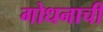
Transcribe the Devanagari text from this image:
गोधनाची